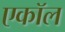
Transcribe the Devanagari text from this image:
एकॉल